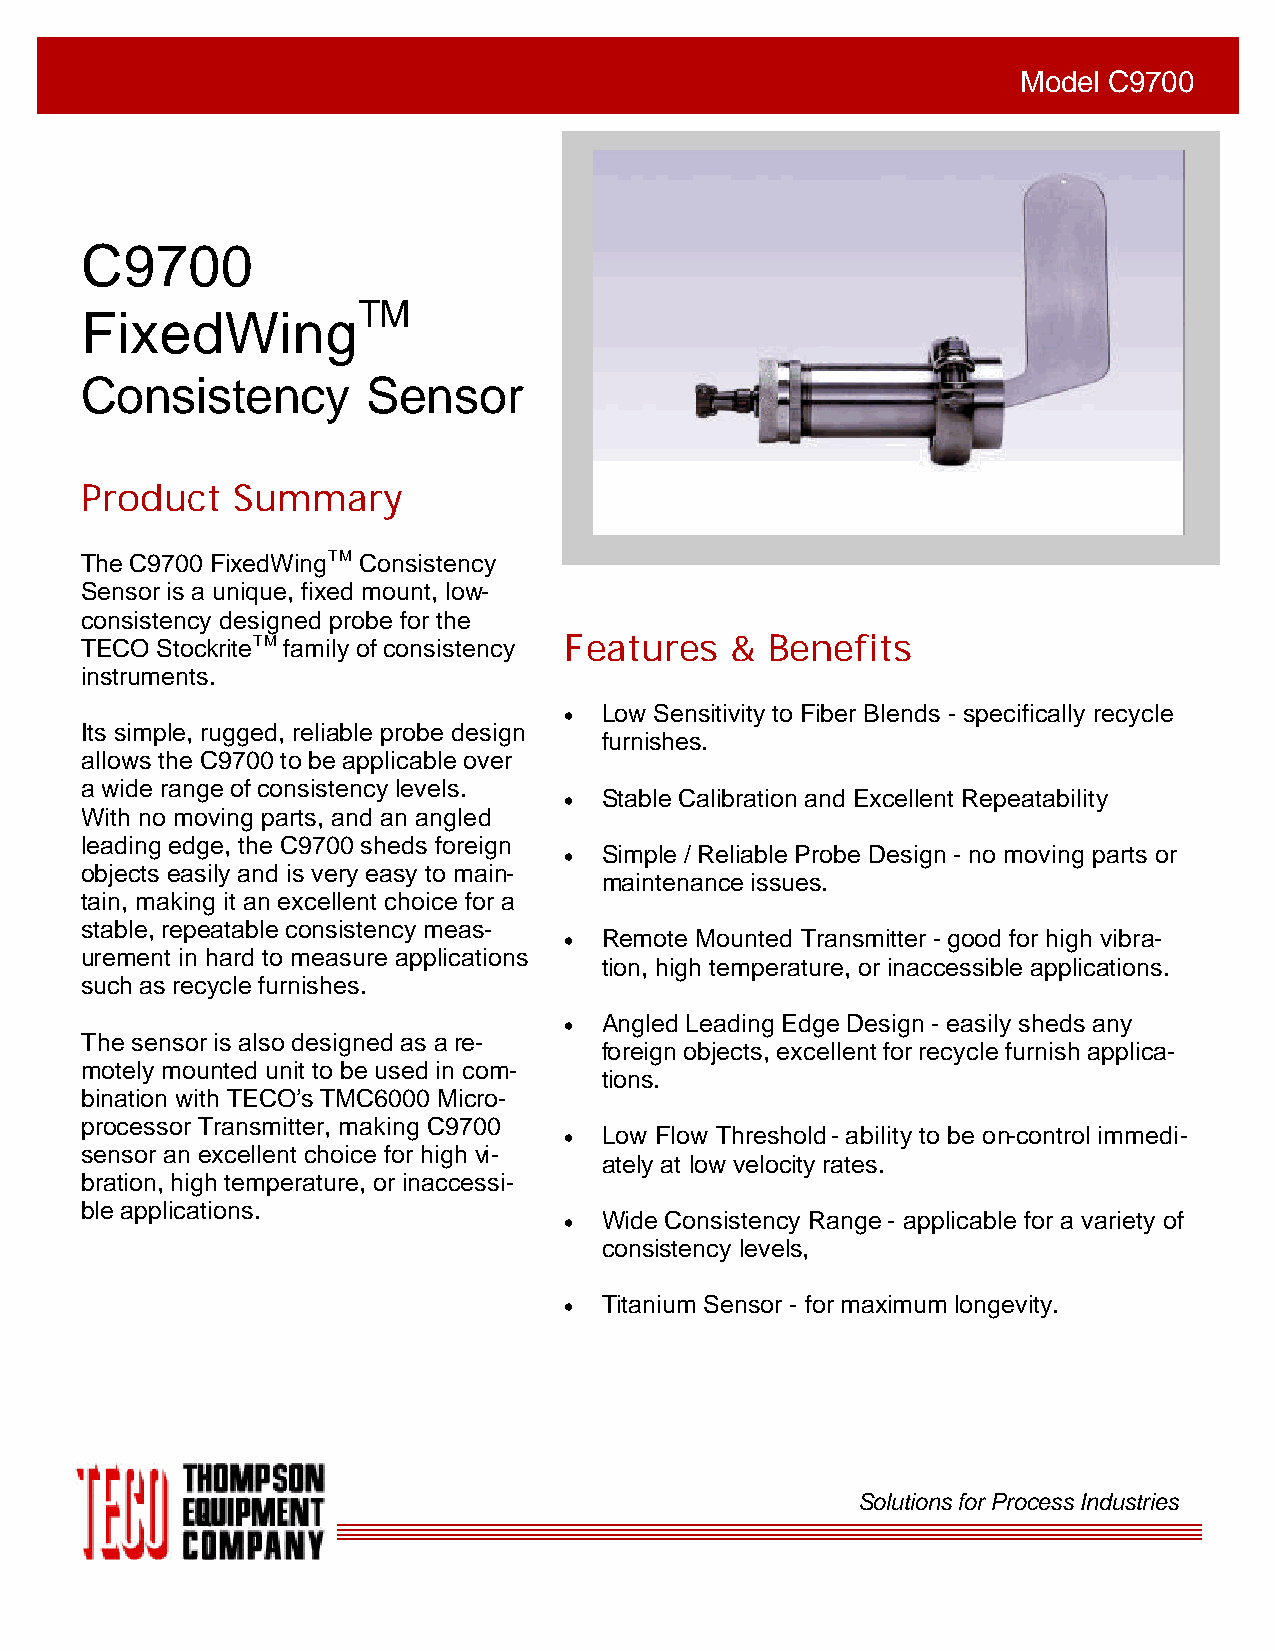
Model C9700
 C9700
 TM
 FixedWing
 Insert Picture Here
 Consistency        Sensor
 Product   Summary
 The C9700 FixedWingTM Consistency
 Sensor is a unique, fixed mount, low-
 consistency designed probe for the
 TECO StockriteTM family of consistency Features & Benefits
 instruments.
 •  Low Sensitivity to Fiber Blends - specifically recycle
 Its simple, rugged, reliable probe design
 furnishes.
 allows the C9700 to be applicable over
 a wide range of consistency levels.
 •  Stable Calibration and Excellent Repeatability
 With no moving parts, and an angled
 leading edge, the C9700 sheds foreign
 •  Simple / Reliable Probe Design - no moving parts or
 objects easily and is very easy to main-
 maintenance issues.
 tain, making it an excellent choice for a
 stable, repeatable consistency meas-
 •  Remote Mounted Transmitter - good for high vibra-
 urement in hard to measure applications
 tion, high temperature, or inaccessible applications.
 such as recycle furnishes.
 •  Angled Leading Edge Design - easily sheds any
 The sensor is also designed as a re-
 foreign objects, excellent for recycle furnish applica-
 motely mounted unit to be used in com-
 tions.
 bination with TECO’s TMC6000 Micro-
 processor Transmitter, making C9700
 •  Low Flow Threshold - ability to be on-control immedi-
 sensor an excellent choice for high vi-
 ately at low velocity rates.
 bration, high temperature, or inaccessi-
 ble applications.
 •  Wide Consistency Range - applicable for a variety of
 consistency levels,
 •  Titanium Sensor - for maximum longevity.
 Solutions for Process Industries